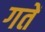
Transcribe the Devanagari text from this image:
गतें